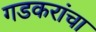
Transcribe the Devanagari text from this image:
गडकरांचा